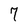
Character: 7